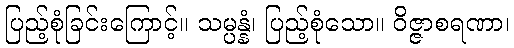
ပြည့်စုံခြင်းကြောင့်။ သမ္ပန္နံ၊ ပြည့်စုံသော။ ဝိဇ္ဇာစရဏာ၊